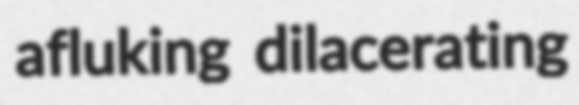
afluking dilacerating